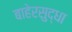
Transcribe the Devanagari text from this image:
बाहेरसुद्धा